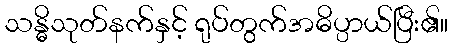
သန္ဓိသုတ်နက်နှင့် ရုပ်တွက်အဓိပ္ပာယ်ပြီး၏။